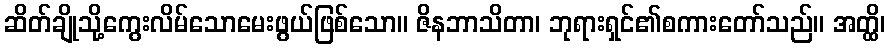
ဆိတ်ချိုသို့ကွေးလိမ်သောမေးဖွယ်ဖြစ်သော။ ဇိနဘာသိတာ၊ ဘုရားရှင်၏စကားတော်သည်။ အတ္ထိ၊